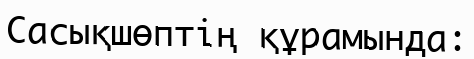
Cасықшөптің құрамында: